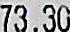
73.30